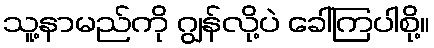
သူ့နာမည်ကို ဂျွန်လို့ပဲ ခေါ်ကြပါစို့။